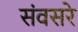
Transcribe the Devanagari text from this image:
संवसरे